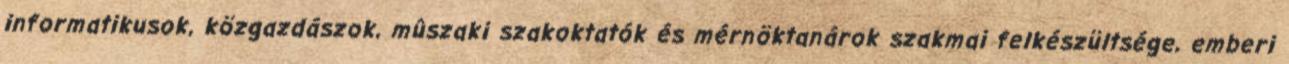
informatikusok, közgazdászok, mûszaki szakoktatók és mérnöktanárok szakmai felkészültsége, emberi